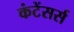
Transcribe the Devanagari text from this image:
कंटेंसर्स